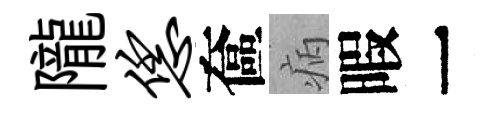
隴恁奩病暇一